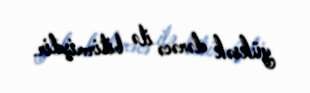
yüksək dərəcə ilə bitirmişdir.